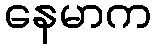
နေမာက